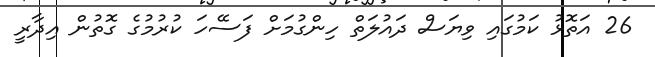
26 އަތޮޅު ކަމުގައި ވިޔަސް ދައުލަތް ހިންގުމަށް ފަސޭހަ ކުރުމުގެ ގޮތުން އިދާރީ